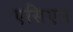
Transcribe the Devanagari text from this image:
एसिएन